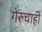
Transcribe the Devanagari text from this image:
गेरुचाही